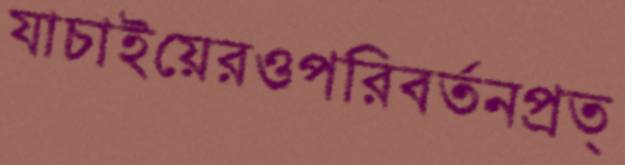
যাচাইয়েরওপরিবর্তনপ্রত্